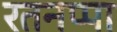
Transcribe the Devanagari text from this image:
रतनप्पा